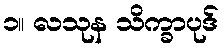
၁။ လသုန သိက္ခာပုဒ်